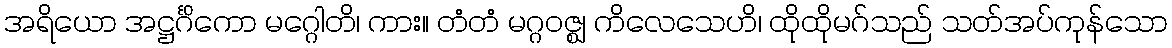
အရိယော အဋ္ဌင်္ဂိကော မဂ္ဂေါတိ၊ ကား။ တံတံ မဂ္ဂဝဇ္ဈ ကိလေသေဟိ၊ ထိုထိုမဂ်သည် သတ်အပ်ကုန်သော